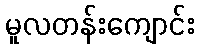
မူလတန်းကျောင်း